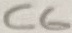
Text: C6